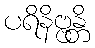
ပရိနိဗ္ဗန္တိ